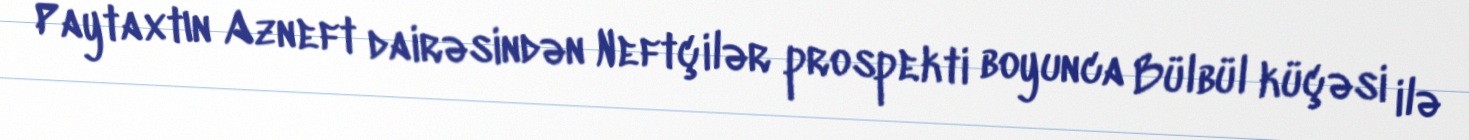
Paytaxtın Azneft dairəsindən Neftçilər prospekti boyunca Bülbül küçəsi ilə